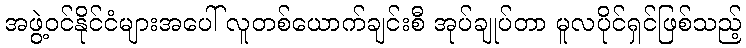
အဖွဲ့ဝင်နိုင်ငံများအပေါ် လူတစ်ယောက်ချင်းစီ အုပ်ချုပ်တာ မူလပိုင်ရှင်ဖြစ်သည့်